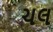
ચલ